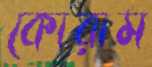
কোরাম